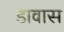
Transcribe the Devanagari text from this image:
डावास